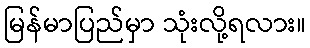
မြန်မာပြည်မှာ သုံးလို့ရလား။